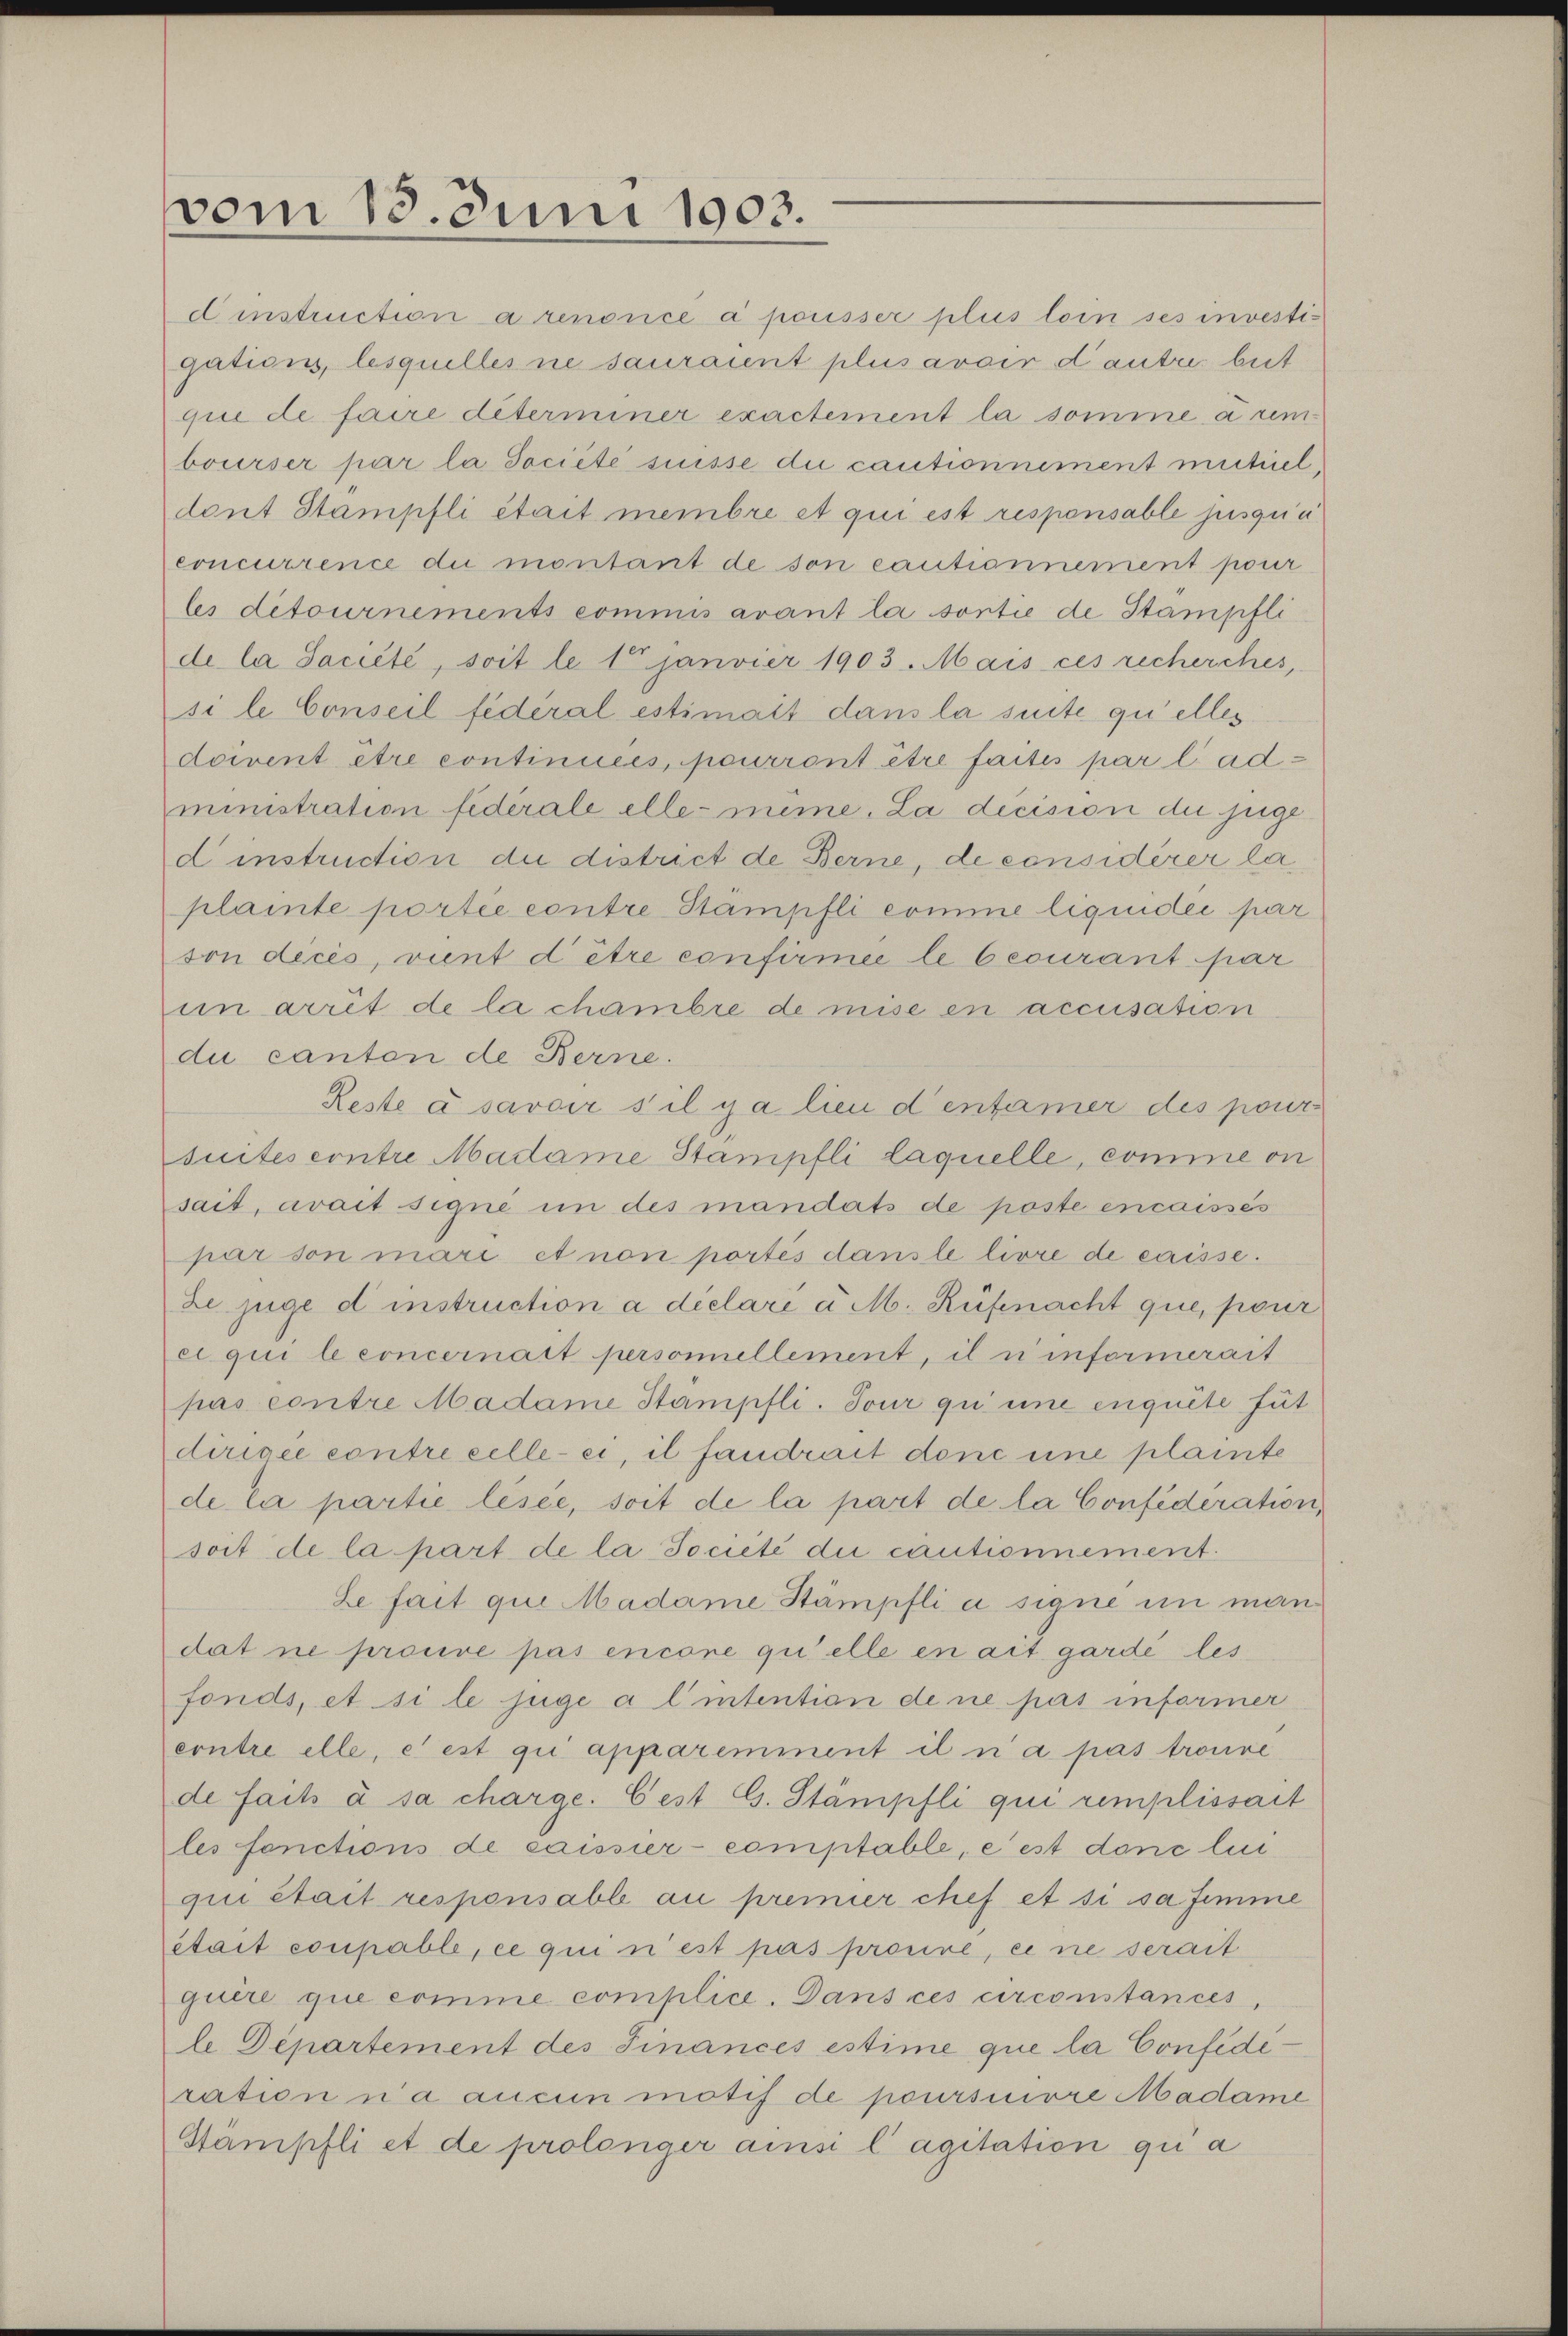
vom 13. Juni 1903.

dinstruction a renoncé à pousser plus loin ses investigations, lesquelles ne sauraient plus avoir dante bet
que de faire déterminer exactement la somme a rem
bourser par la Société suisse die cautionnement mittieldont Stampfli était membre et qui est respensable jusqui
concurrence du montant de son cautionnement pour
les detournements commis avant la sontie de Stampfli
de la Saciété, soit le 1 Janvier 1903. Mais ces recherches,
si le Conseil fédéral estimait dans la suite qu’elles
doivent être continuées, pourront être faites par l. administration fiderale elle-même. La dicision die juge
d instruction die district de Berne, de considerer la
plante portie contre Stampfli comme liquider par
son dices, vient d être confirmee le courant par
in arrit de la chambre de mise en accusation
du canten de Berne.
Reste à savoir sil ja lieu d’enfamer des pour-
suiteseontre Madame Stampfli laquelle, comme on
sait, avait signe in des mandats de poste encaisses
par son mari et non portés dans le livre de caisse.
Le juge d instruction a déclare a M. Rüfenacht que, pour
ei qui le concernatt personellement, il n’informerait
pas contre Madame Stämpfli. Tour qu une enquite fut
dirigée contre celle-ci, il fandrait dene une plainte
de la partie lesee, soit de la part de la Confideration,
soit de la part de la Société die cautionnement.
Le fait que Madame Stämpfli à signe in man
dat ne prouve pas encone qu’elle en ait gardé les
fonds, et si le juge a lintentian de ne pas informer
erntre elle, et est qui apparemment il n’a pas trouve
de faits à sa charge. Cest G. Stämpfli qui remplissait
les fonctions de caisser- comptable, e est donc lui
qui était responsable au premier chef et si sa femme
stait coupable, ce qui n’est pas promine, eine serait
quire que comme complice. Dans ces circonstances,
le Departement des Finances estime que la Confideration n’a aucun motif de poursinore Madame
Stampfli et de prolonger ainsi l’agitation qua